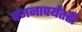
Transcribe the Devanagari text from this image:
वजनापर्यंतही